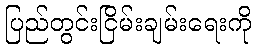
ပြည်တွင်းငြိမ်းချမ်းရေးကို